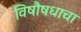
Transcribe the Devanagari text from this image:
विषौषधाचा